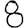
Digit: 8